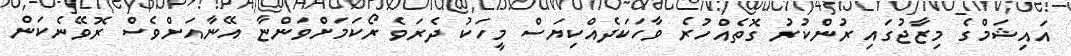
އައިޝަމްގެ މިޒާޖުގައި ރުންކުރު ގޮތެއްހުރެ ވާހަކަދެއްކިޔަސް މީހަކު ދެރަވެ ރޯކަމަށްވަންޏާ އޭނާއަށްވެސް ރޮވޭނެކަން